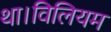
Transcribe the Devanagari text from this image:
था।विलियम